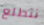
نتطلع